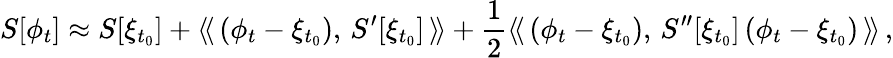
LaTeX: S[\phi_{t}]\approx S[\xi_{t_{0}}]+\langle\! \langle\, (\phi_{t}-\xi_{t_{0}}),\, S^{\prime}[\xi_{t_{0}}]\, \rangle\! \rangle+{\frac{1}{2}}\langle\! \langle\, (\phi_{t}-\xi_{t_{0}}),\, S^{\prime\prime}[\xi_{t_{0}}]\, (\phi_{t}-\xi_{t_{0}})\, \rangle\! \rangle\, ,